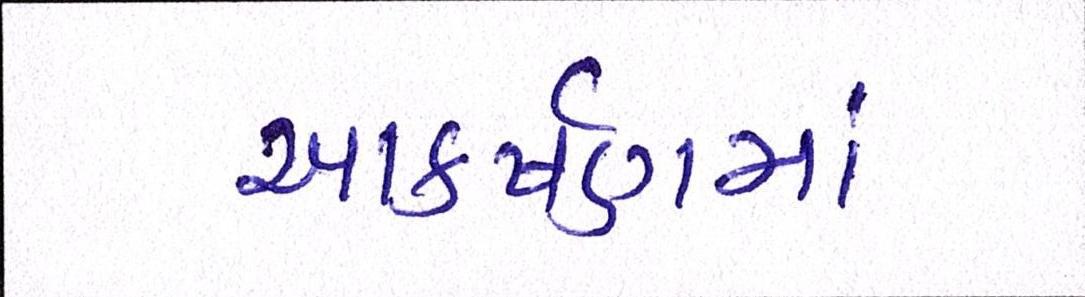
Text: આકર્ષણમાં